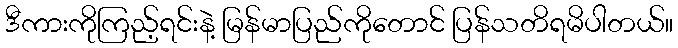
ဒီကားကိုကြည့်ရင်းနဲ့ မြန်မာပြည်ကိုတောင် ပြန်သတိရမိပါတယ်။